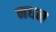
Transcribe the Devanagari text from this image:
नधन